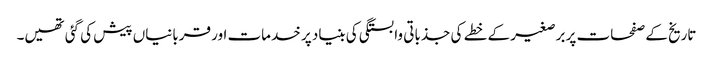
تاریخ کے صفحات پر برصغیر کے خطے کی جذباتی وابستگی کی بنیاد پر خدمات اور قربانیاں پیش کی گئی تھیں۔